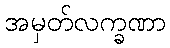
အမှတ်လက္ခဏာ